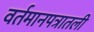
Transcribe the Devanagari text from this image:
वर्तमानपत्रातली